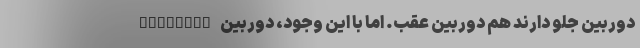
دوربین جلو دارند هم دوربین عقب. اما با این وجود، دوربین BlackVue